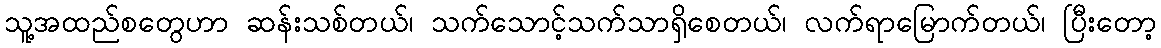
သူ့အထည်စတွေဟာ ဆန်းသစ်တယ်၊ သက်သောင့်သက်သာရှိစေတယ်၊ လက်ရာမြောက်တယ်၊ ပြီးတော့